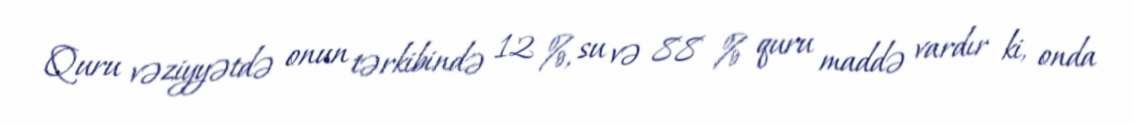
Quru vəziyyətdə onun tərkibində 12 %, su və 88 % quru maddə vardır ki, onda